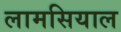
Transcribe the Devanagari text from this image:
लामसियाल